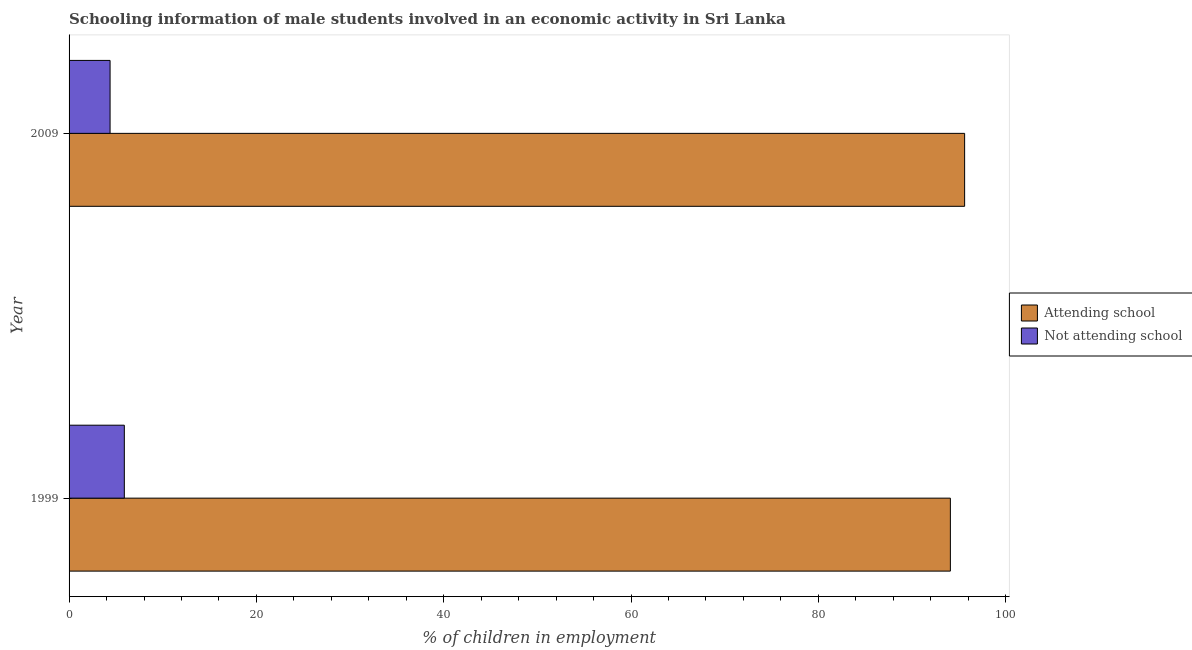
| Year | Attending school | Not attending school |
 | --- | --- | --- |
 | 1999 | 94.1 | 5.9 |
 | 2009 | 95.6 | 4.38 |